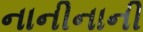
નાનીનાની